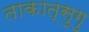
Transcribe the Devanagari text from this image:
ताकात्सुगु